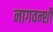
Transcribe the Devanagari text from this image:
नागवन्शी